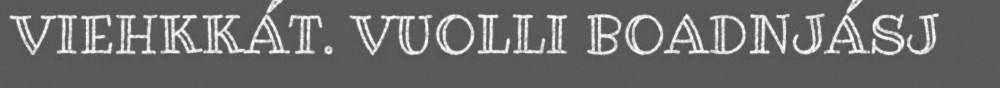
VIEHKKÁT. VUOLLI BOADNJÁSJ